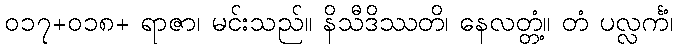
၀၁၇+၀၁၈+ ရာဇာ၊ မင်းသည်။ နိသီဒိဿတိ၊ နေလတ္တံ့။ တံ ပလ္လင်္ကံ၊